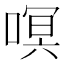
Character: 𭉳